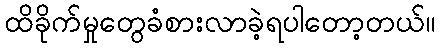
ထိခိုက်မှုတွေခံစားလာခဲ့ရပါတော့တယ်။